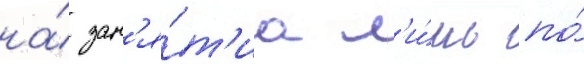
на́ зан'я́т'иа л'и́шь по́